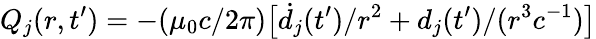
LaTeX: Q_{j}(r,t^{\prime})=-(\mu_{0}c/2\pi)\big[\dot{d}_{j}(t^{\prime})/{r^{2}}+d_{j}(t^{\prime})/(r^{3}c^{-1})\big]